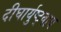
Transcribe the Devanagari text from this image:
दीघार्युष्ट्वाय